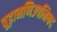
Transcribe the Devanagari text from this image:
चूड़ामणिउपनिषद